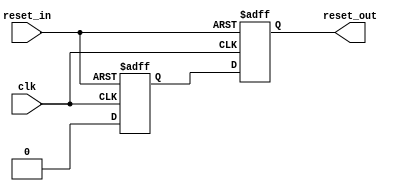
//
// Copyright 2011 Ettus Research LLC
//
// This program is free software: you can redistribute it and/or modify
// it under the terms of the GNU General Public License as published by
// the Free Software Foundation, either version 3 of the License, or
// (at your option) any later version.
//
// This program is distributed in the hope that it will be useful,
// but WITHOUT ANY WARRANTY; without even the implied warranty of
// MERCHANTABILITY or FITNESS FOR A PARTICULAR PURPOSE.  See the
// GNU General Public License for more details.
//
// You should have received a copy of the GNU General Public License
// along with this program.  If not, see <http://www.gnu.org/licenses/>.
//



module reset_sync
  (input clk,
   input reset_in,
   output reg reset_out);

   reg 	      reset_int;

   always @(posedge clk or posedge reset_in)
     if(reset_in)
       {reset_out,reset_int} <= 2'b11;
     else
       {reset_out,reset_int} <= {reset_int,1'b0};
   
endmodule // reset_sync